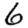
Digit: 6